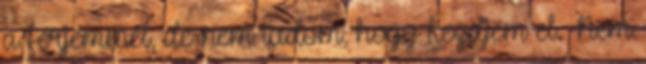
a férjemmel, de nem tudom, hogy kezdjem el. Nem